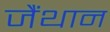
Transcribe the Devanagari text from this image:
जैंथान